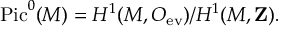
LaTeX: \mathrm { P i c } ^ { 0 } ( M ) = H ^ { 1 } ( M , { \cal O } _ { \mathrm { e v } } ) / H ^ { 1 } ( M , { \bf Z } ) .